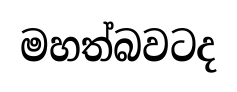
මහත්බවටද